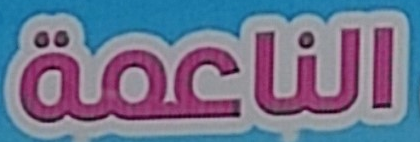
الناعمة